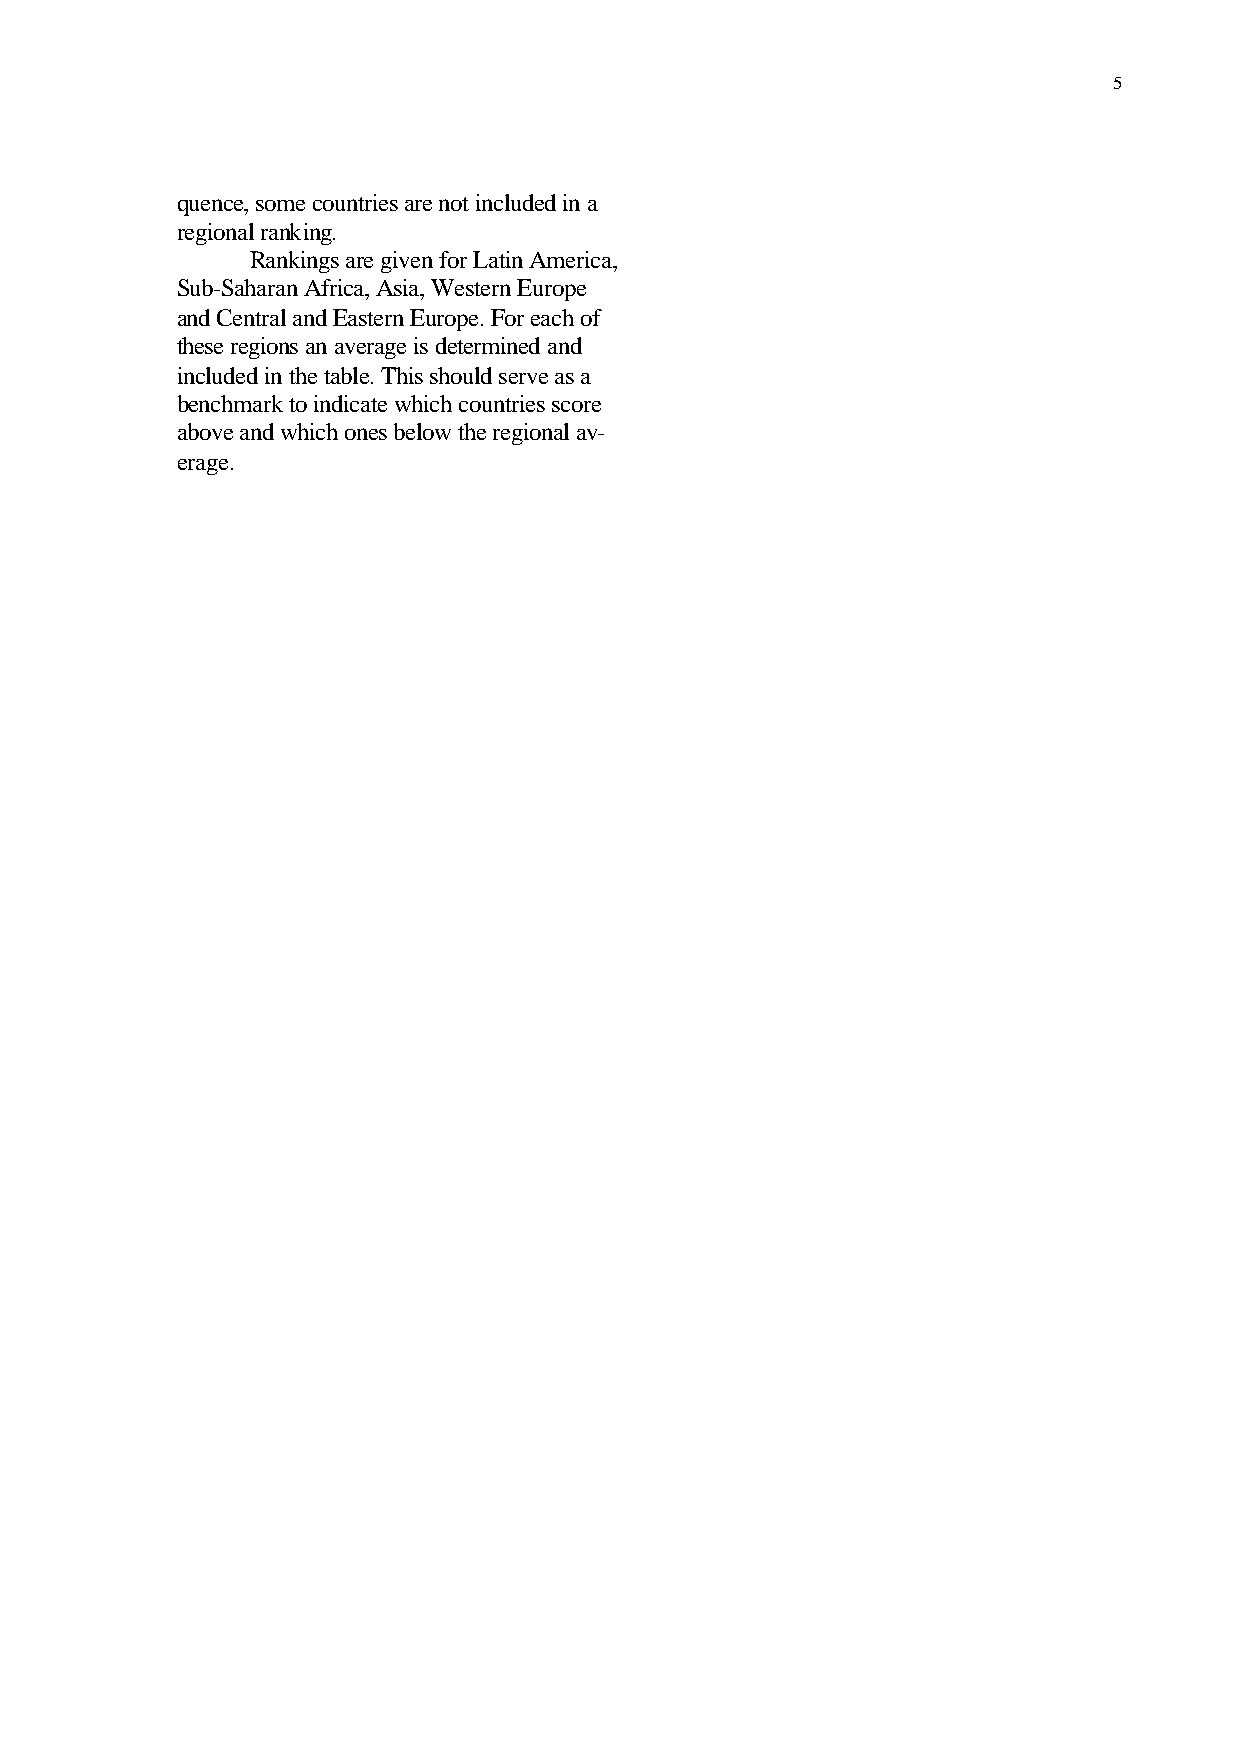
5
 quence, some countries are not included in a
 regional ranking.
 Rankings are given for Latin America,
 Sub-Saharan Africa, Asia, Western Europe
 and Central and Eastern Europe. For each of
 these regions an average is determined and
 included in the table. This should serve as a
 benchmark to indicate which countries score
 above and which ones below the regional av-
 erage.